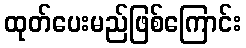
ထုတ်ပေးမည်ဖြစ်ကြောင်း